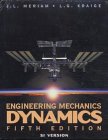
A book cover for Engineering Mechanics Dynamics 5th Edition SI Version with Engineering Mechanics Statics 5th Edition SI Version Set; J. L. Meriam; Science & Math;